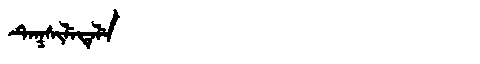
Manchu: ᡨᡝᡴᠰᡳᠯᡝᡨᡝᠯᡝ
Romanization: TEKSILETELE